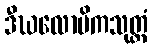
ဒီဃလောမိကသုတ္တံ